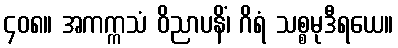
၄၀၈။ အကက္ကသံ ဝိညာပနိံ၊ ဂိရံ သစ္စမုဒီရယေ။